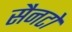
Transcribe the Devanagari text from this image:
सैनटो